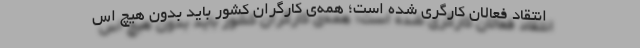
انتقاد فعالان کارگری شده است؛ همه‌ی کارگران کشور باید بدون هیچ اس